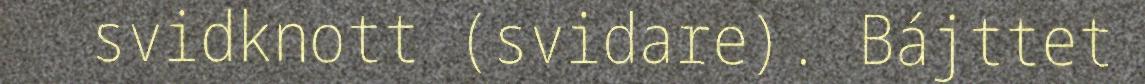
svidknott (svidare). Bájttet